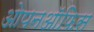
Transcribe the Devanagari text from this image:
ओपनऑफिस